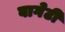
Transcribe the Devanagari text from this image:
बागेटी